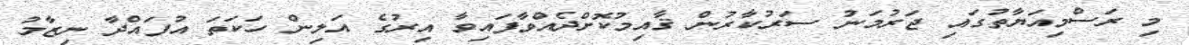
މި ރަސްމިއަޔާތުގައި ޖަރުމަނު ސަރުކާރުން ޤާއިމުކޮށްދެއްވާފައިވާ އިރުގެ އަލިން ހަކަތަ އުފައްދާ ނިޒާމު